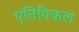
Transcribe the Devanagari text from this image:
एतिपिकल